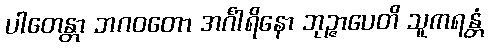
ပါတေန္တာ ဘဂဝတော အင်္ဂါရိနော ဘုဉ္ဇာပေတိ သူကရန္တံ